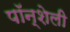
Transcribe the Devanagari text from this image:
पॉन्शेली